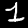
Label: 1